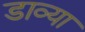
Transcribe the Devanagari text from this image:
डाव्‍या